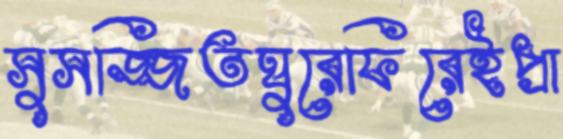
সুসজ্জিতঘুরেফিরেইপ্রা